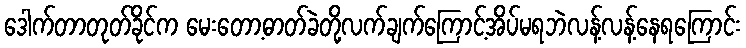
ဒေါက်တာတုတ်ခိုင်က မေးတော့ဓာတ်ခဲတို့လက်ချက်ကြောင့်အိပ်မရဘဲလန့်လန့်နေရကြောင်း